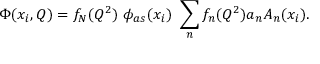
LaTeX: \Phi ( x _ { i } , Q ) = f _ { N } ( Q ^ { 2 } ) \ \phi _ { a s } ( x _ { i } ) \ \sum _ { n } f _ { n } ( Q ^ { 2 } ) a _ { n } A _ { n } ( x _ { i } ) .